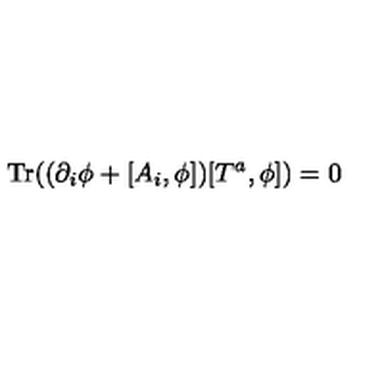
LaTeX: \mathrm { T r } ( ( \partial _ { i } \phi + [ A _ { i } , \phi ] ) [ T ^ { a } , \phi ] ) = 0